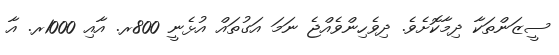
ސީޒަންތަކާ ދިމާކޮށެވެ. ދިވެހިންވެއްޖެ ނަމަ އަގުތައް އުޅެނީ 800ރ. އާއި 1000ރ. އާ